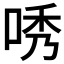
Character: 唀